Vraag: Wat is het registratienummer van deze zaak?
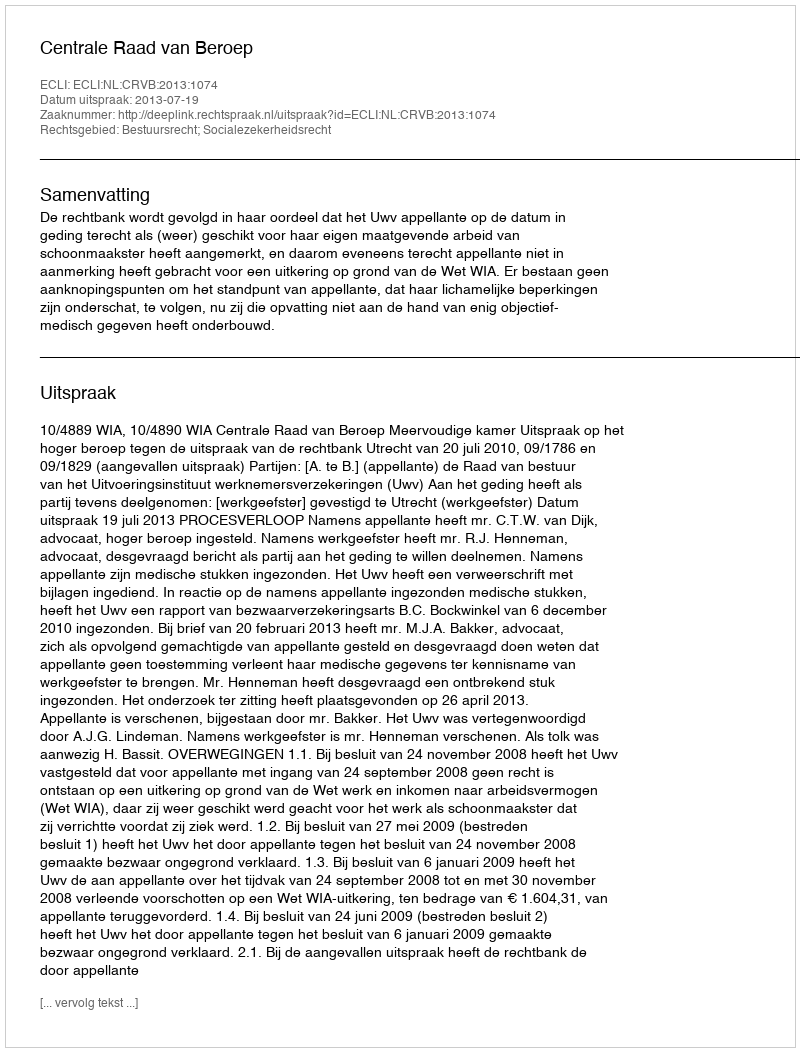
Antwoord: http://deeplink.rechtspraak.nl/uitspraak?id=ECLI:NL:CRVB:2013:1074